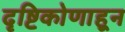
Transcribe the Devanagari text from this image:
दृष्टिकोणाहून